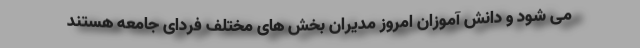
می شود و دانش آموزان امروز مدیران بخش های مختلف فردای جامعه هستند